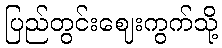
ပြည်တွင်းဈေးကွက်သို့